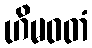
ဟိမဝတံ